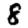
Digit: 8